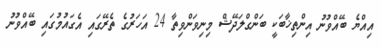
އިއްޔެ ބޭއްވުނު އިންތިޚާބަކީ ބަންގްލަދޭޝް މިނިވަންވިތާ 24 އަހަރުގެ ތެރޭގައި އެގައުމުގައި ބޭއްވުނު